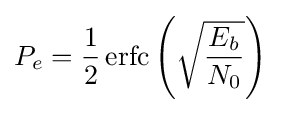
P_{e}={\frac {1}{2}}\operatorname {erfc} \left({\sqrt {\frac {E_{b}}{N_{0}}}}\right)